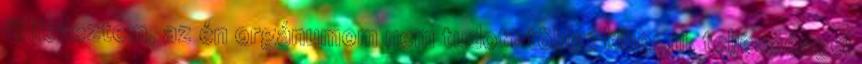
fölfedeztem, az én orgánumom nem tudott többé kihozni, teljességgel